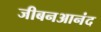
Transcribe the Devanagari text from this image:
जीबनआनंद